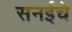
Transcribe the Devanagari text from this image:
सनईचे